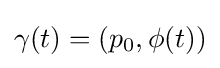
\gamma (t)=(p_{0},\phi (t))